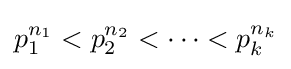
p_{1}^{n_{1}}<p_{2}^{n_{2}}<\cdots <p_{k}^{n_{k}}